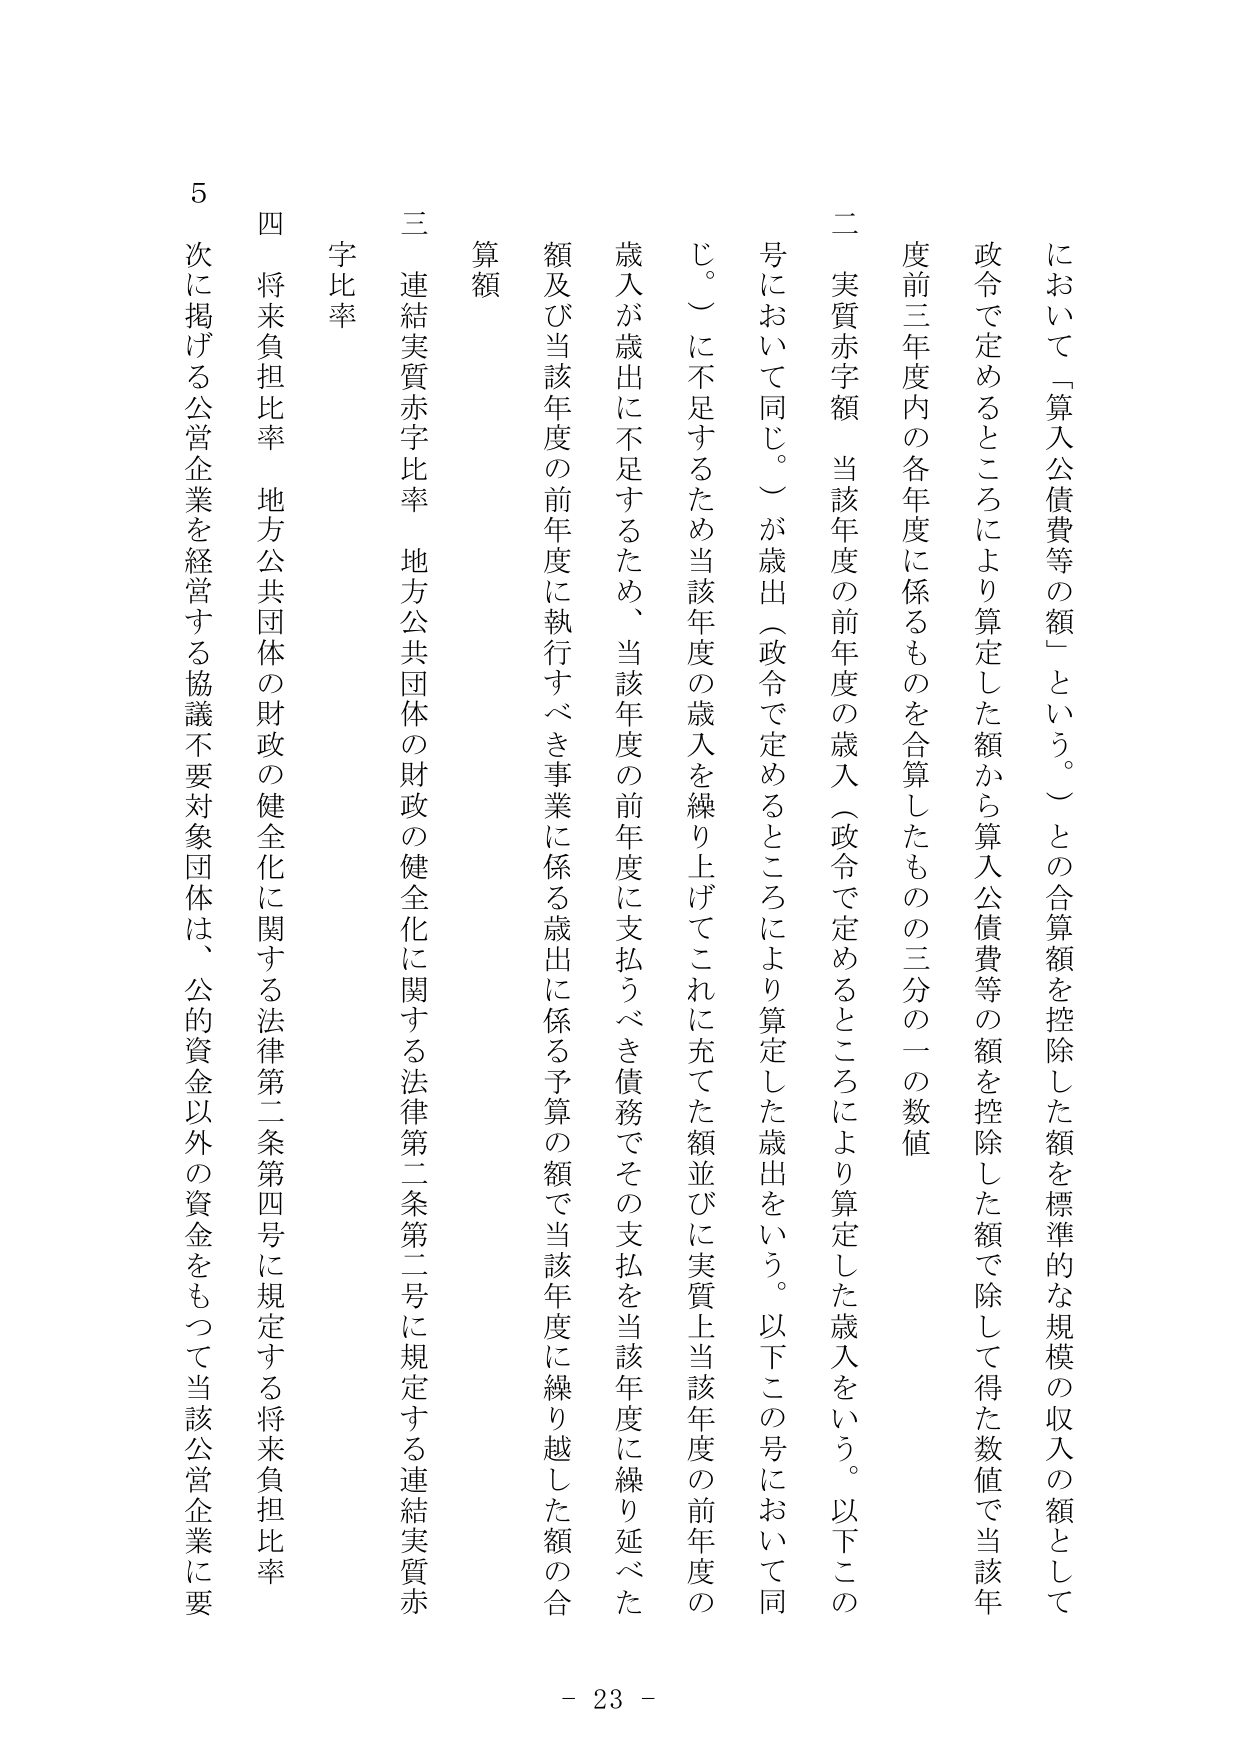
において「算入公債費等の額」という。）との合算額を控除した額を標準的な規模の収入の額として
政令で定めるところにより算定した額から算入公債費等の額を控除した額で除して得た数値で当該年
度前三年度内の各年度に係るもの合算したものの三分の一の数値
二 実質赤字額 当該年度の前年度の歳入（政令で定めるところにより算定した歳入をいう。以下この
号において同じ。）が歳出（政令で定めるところにより算定した歳出をいう。以下この号において同
じ。）に不足するため当該年度の歳入を繰り上げてこれに充てた額並びに実質上当該年度の前年度の
歳入が歳出に不足するため、当該年度の前年度に支払うべき債務でその支払を当該年度に繰り延べた
額及び当該年度の前年度に執行すべき事業に係る歳出に係る予算の額で当該年度に繰り越した額の合
算額
三 連結実質赤字比率 地方公共団体の財政の健全化に関する法律第二条第二号に規定する連結実質赤
字比率
四 将来負担比率 地方公共団体の財政の健全化に関する法律第二条第四号に規定する将来負担比率
５ 次に掲げる公営企業を経営する協議不要対象団体は、公的資金以外の資金をもって当該公営企業に要
- 23 -